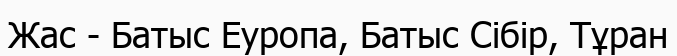
Жас - Батыс Еуропа, Батыс Сібір, Тұран